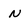
Character: N